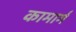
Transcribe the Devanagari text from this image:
कामार्ग